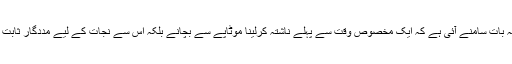
تاہم اب یہ بات سامنے آئی ہے کہ ایک مخصوص وقت سے پہلے ناشتہ کرلینا موٹاپے سے بچانے بلکہ اس سے نجات کے لیے مددگار ثابت ہوتا ہے۔